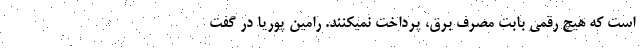
است که هیچ رقمی بابت مصرف برق، پرداخت نمیکنند. رامین پوریا در گفت